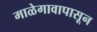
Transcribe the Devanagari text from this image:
माळेगावापासून